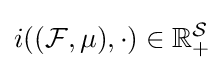
i(({\mathcal {F}},\mu ),\cdot )\in \mathbb {R} _{+}^{\mathcal {S}}